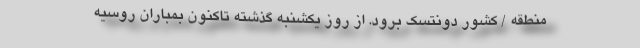
منطقه / کشور دونتسک برود. از روز یکشنبه گذشته تاکنون بمباران روسیه